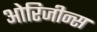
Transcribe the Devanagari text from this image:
ओरिजीन्स